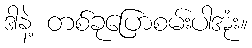
ဒါနဲ့ တစ်ခုပြောစမ်းပါအုံး။